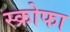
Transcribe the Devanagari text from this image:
स्क्रोफा